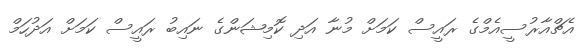
އެޗްއާރުސީއެމްގެ ރައީސް ކަމަށް މުނާ އަދި ކޮމިޝަންގެ ނައިބު ރައީސް ކަމަށް އަދުހަމް